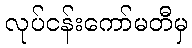
လုပ်ငန်းကော်မတီမှ